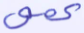
عمي